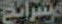
مشرائح